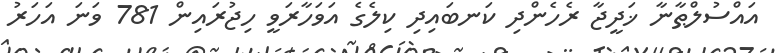
އައްސުލްޠާނާ ޚަދީޖާ ރެހެންދި ކަނބައިދި ކިލެގެ އަވަހާރަވީ ހިޖުރައިން 781 ވަނަ އަހަރު